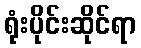
ရုံးပိုင်းဆိုင်ရာ